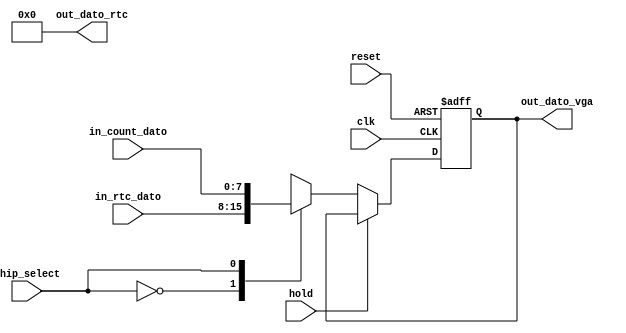
module Registro_timer(
		input wire hold,
		input wire [7:0]in_rtc_dato,
		input wire [7:0]in_count_dato,
		input wire clk, 
		input wire reset, 
		input wire chip_select, 
		output wire [7:0]out_dato_vga,
		output wire [7:0]out_dato_rtc
    );
reg [7:0]reg_dato;
reg [7:0]next_dato;
always@(negedge clk, posedge reset)
begin
	if(reset) reg_dato <= 0;
	else reg_dato <= next_dato;
end
always@*
	begin
	if (~hold) begin
	case(chip_select)
	1'b0: next_dato = in_rtc_dato;
	1'b1: next_dato = in_count_dato;
	endcase
	end
	else next_dato = reg_dato;
	end
assign out_dato_vga = reg_dato;
assign out_dato_rtc = 8'h00;
endmodule